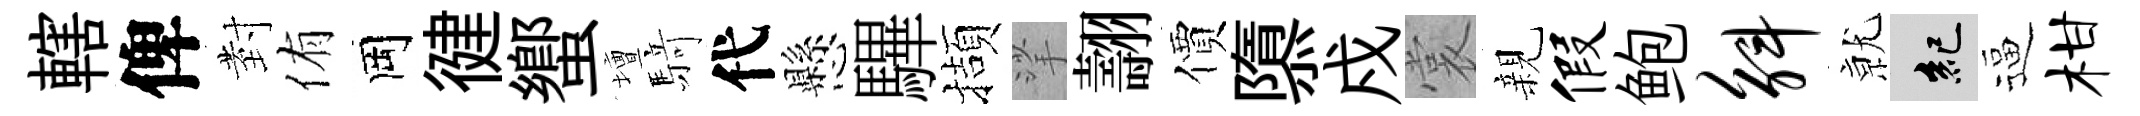
轄俾𭔹侑岡徤蠁壇𮪍代懸驆擷挲翿價隳戍裳親假鲍斛𭕒紀逼柑